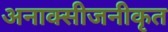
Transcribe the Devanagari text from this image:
अनाक्सीजनीकृत